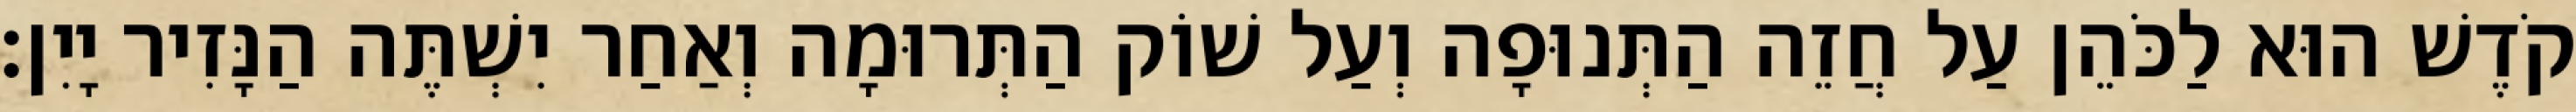
קֹדֶשׁ הוּא לַכֹּהֵן עַל חֲזֵה הַתְּנוּפָה וְעַל שׁוֹק הַתְּרוּמָה וְאַחַר יִשְׁתֶּה הַנָּזִיר יָיִן׃